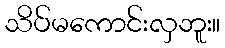
သိပ်မကောင်းလှဘူး။